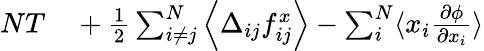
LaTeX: \begin{array}{rl}{NT}&{{}+\frac{1}{2}\sum_{i\ne j}^{N}\left\langle\Delta_{ij}f_{ij}^{x}\right\rangle-\sum_{i}^{N}\langle x_{i}\frac{\partial\phi}{\partial x_{i}}\rangle}\end{array}